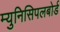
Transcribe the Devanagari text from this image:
म्युनिसिपलबोर्ड